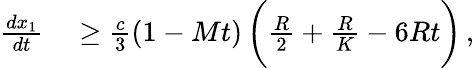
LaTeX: \begin{array}{rl}{\frac{dx_{1}}{dt}}&{{}\geq\frac{c}{3}(1-Mt)\, \bigg(\frac{R}{2}+\frac{R}{K}-6Rt\bigg)\, ,}\end{array}